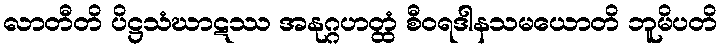
လာတီတိ ပိဋ္ဌသံဃာဋဿ အနုဂ္ဂဟတ္ထံ စီဝရဒါနသမယောတိ ဘူမိပတိ